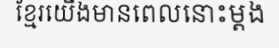
ខ្មែរយើងមានពេលនោះម្តង